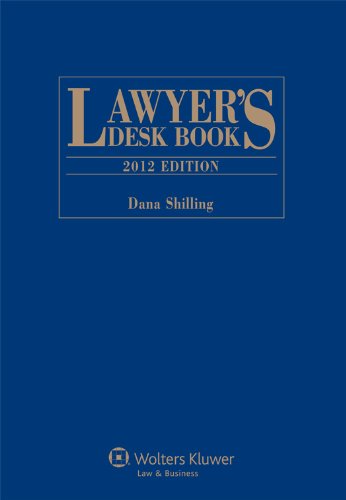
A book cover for Lawyer's Desk Book, 2012 Edition; Dana Shilling; Law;